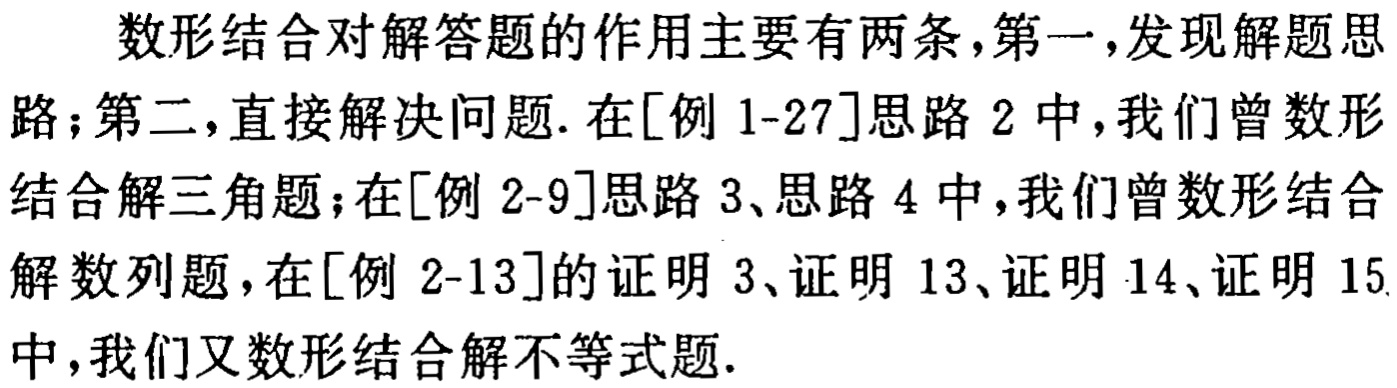
数形结合对解答题的作用主要有两条,第一,发现解题思路;第二,直接解决问题. 在[例 1-27]思路 2 中,我们曾数形结合解三角题;在[例 2-9]思路 3、思路 4 中,我们曾数形结合解数列题,在[例 2-13]的证明 3、证明 13、证明 14、证明 15 中,我们又数形结合解不等式题.